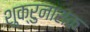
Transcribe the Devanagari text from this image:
शुक्रुनाशक